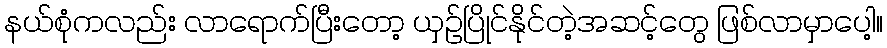
နယ်စုံကလည်း လာရောက်ပြီးတော့ ယှဉ်ပြိုင်နိုင်တဲ့အဆင့်တွေ ဖြစ်လာမှာပေါ့။